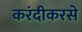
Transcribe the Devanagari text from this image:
करंदीकरसे